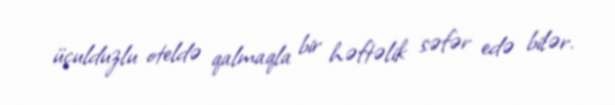
üçulduzlu oteldə qalmaqla bir həftəlik səfər edə bilər.